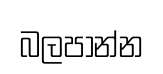
බලපාන්න